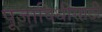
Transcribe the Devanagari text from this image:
पूजाविधीसाठी